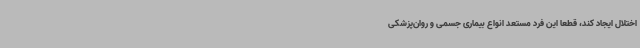
اختلال ایجاد کند، قطعا این فرد مستعد انواع بیماری جسمی و روان‌پزشکی